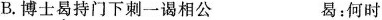
B.博士曷持门下刺一谒相公 曷：何时